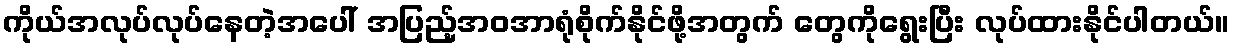
ကိုယ်အလုပ်လုပ်နေတဲ့အပေါ် အပြည့်အဝအာရုံစိုက်နိုင်ဖို့အတွက် တွေကိုရွေးပြီး လုပ်ထားနိုင်ပါတယ်။